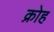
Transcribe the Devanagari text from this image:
क्रोह